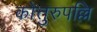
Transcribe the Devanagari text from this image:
कोत्तुरुपल्लि